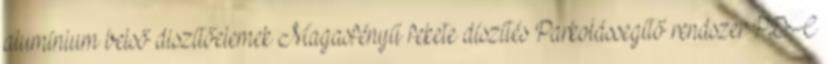
alumínium belső diszítőelemek Magasfényű fekete díszítés Parkolássegítő rendszer PDC